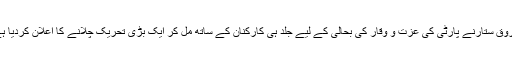
فاروق ستارنے پارٹی کی عزت و وقار کی بحالی کے لیے جلد ہی کارکنان کے ساتھ مل کر ایک بڑی تحریک چلانے کا اعلان کردیا ہے۔